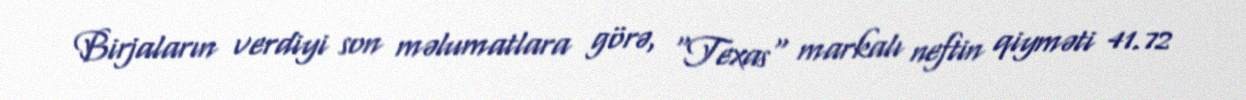
Birjaların verdiyi son məlumatlara görə, "Texas" markalı neftin qiyməti 41.72